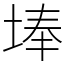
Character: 埲